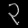
Digit: ၃